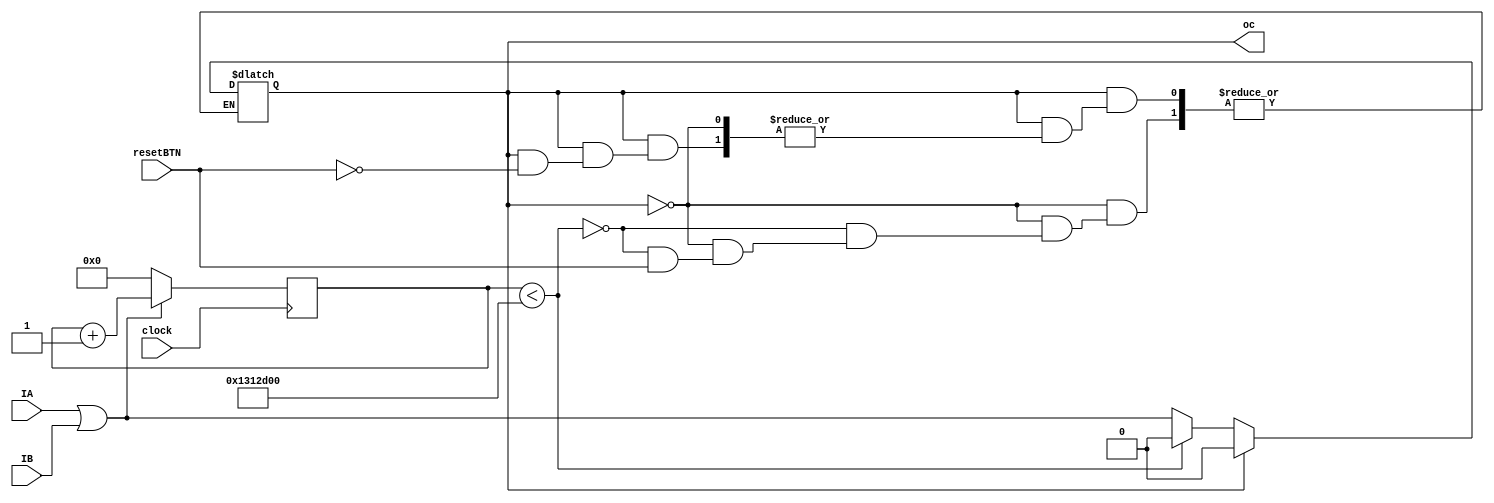
`timescale 1ns / 1ps
//////////////////////////////////////////////////////////////////////////////////
// Company: 
// Engineer: 
// 
// Design Name: 
// Module Name: Comparator
// Project Name: 
// Target Devices: 
// Tool Versions: 
// Description: 
// 
// Dependencies: 
// 
// Revision:
// Revision 0.01 - File Created
// Additional Comments:
// 
//////////////////////////////////////////////////////////////////////////////////


module Comparator(
    input IA, IB,   // input signals from motor A and motor B
    input resetBTN,  // reset button
    input clock,
    output oc      // overcurrent

    );
    
    reg oc_temp;
    reg [20:0] count;
    initial begin
        oc_temp = 0;
        count = 0;
    end
    always@(posedge clock) begin
        if (IA | IB) begin
        count <= count + 1;
    
        end
        else begin 
        count = 0;
        end
    end
    
    
    always@(*)begin
       
     if(~oc_temp) begin
        if(count < 20000000)begin
        oc_temp = 0;
        end
        
        else begin
        case(resetBTN)
       
            1'b0 : oc_temp = IA | IB;
        endcase
       end
    end 
    else if(oc_temp) begin
    
        case(resetBTN)
            //1'b0 : oc_temp = 1;
            1'b1 : oc_temp = 0;
        endcase
    end

    end
    
    assign oc = oc_temp;
    
endmodule